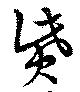
貲